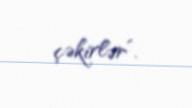
çəkirlər”.